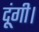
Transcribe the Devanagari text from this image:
दूंगी।